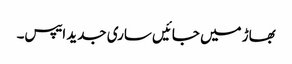
بھاڑ میں جائیں ساری جدید ایپس۔